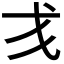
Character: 𢦍